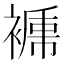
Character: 𧜑